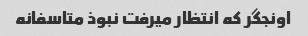
اونجگر که انتظار میرفت نبوذ متاسفانه